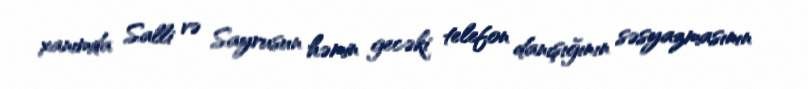
xanımda Salli və Sayrusun həmin gecəki telefon danışığının səsyazmasının